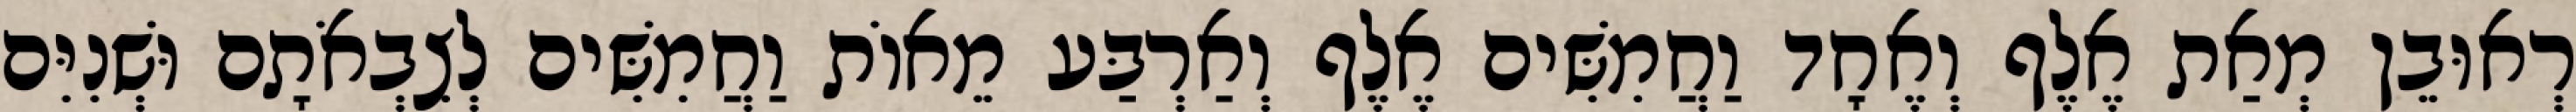
רְאוּבֵן מְאַת אֶלֶף וְאֶחָד וַחֲמִשִּׁים אֶלֶף וְאַרְבַּע מֵאוֹת וַחֲמִשִּׁים לְצִבְאֹתָם וּשְׁנִיִּם